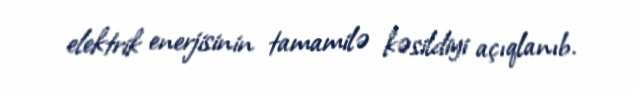
elektrik enerjisinin tamamilə kəsildiyi açıqlanıb.